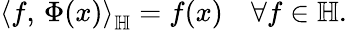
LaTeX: \left\langle f,\, \Phi(x)\right\rangle_{\mathbb{H}}=f(x)\quad\forall f\in\mathbb{H}.